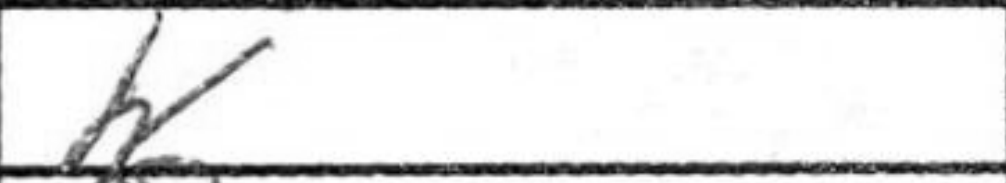
Transcription: h6